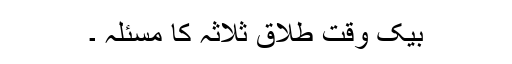
بیک وقت طلاق ثلاثہ کا مسئلہ ۔